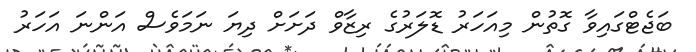
ބަޖެޓްގައިވާ ގޮތުން މިއަހަރު ޑޮލަރުގެ ރިޒާވް ދަށަށް ދިޔަ ނަމަވެސް އަންނަ އަހަރު